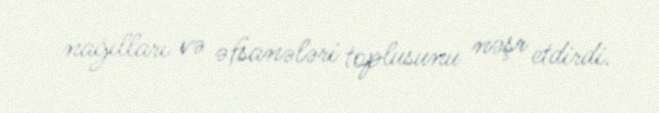
nağılları və əfsanələri toplusunu nəşr etdirdi.